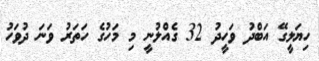
ހިޔަލީގޭ އަބްދު ވަހީދު 32 ގެއްލުނީ މި މަހުގެ ހަތަރު ވަނަ ދުވަހު